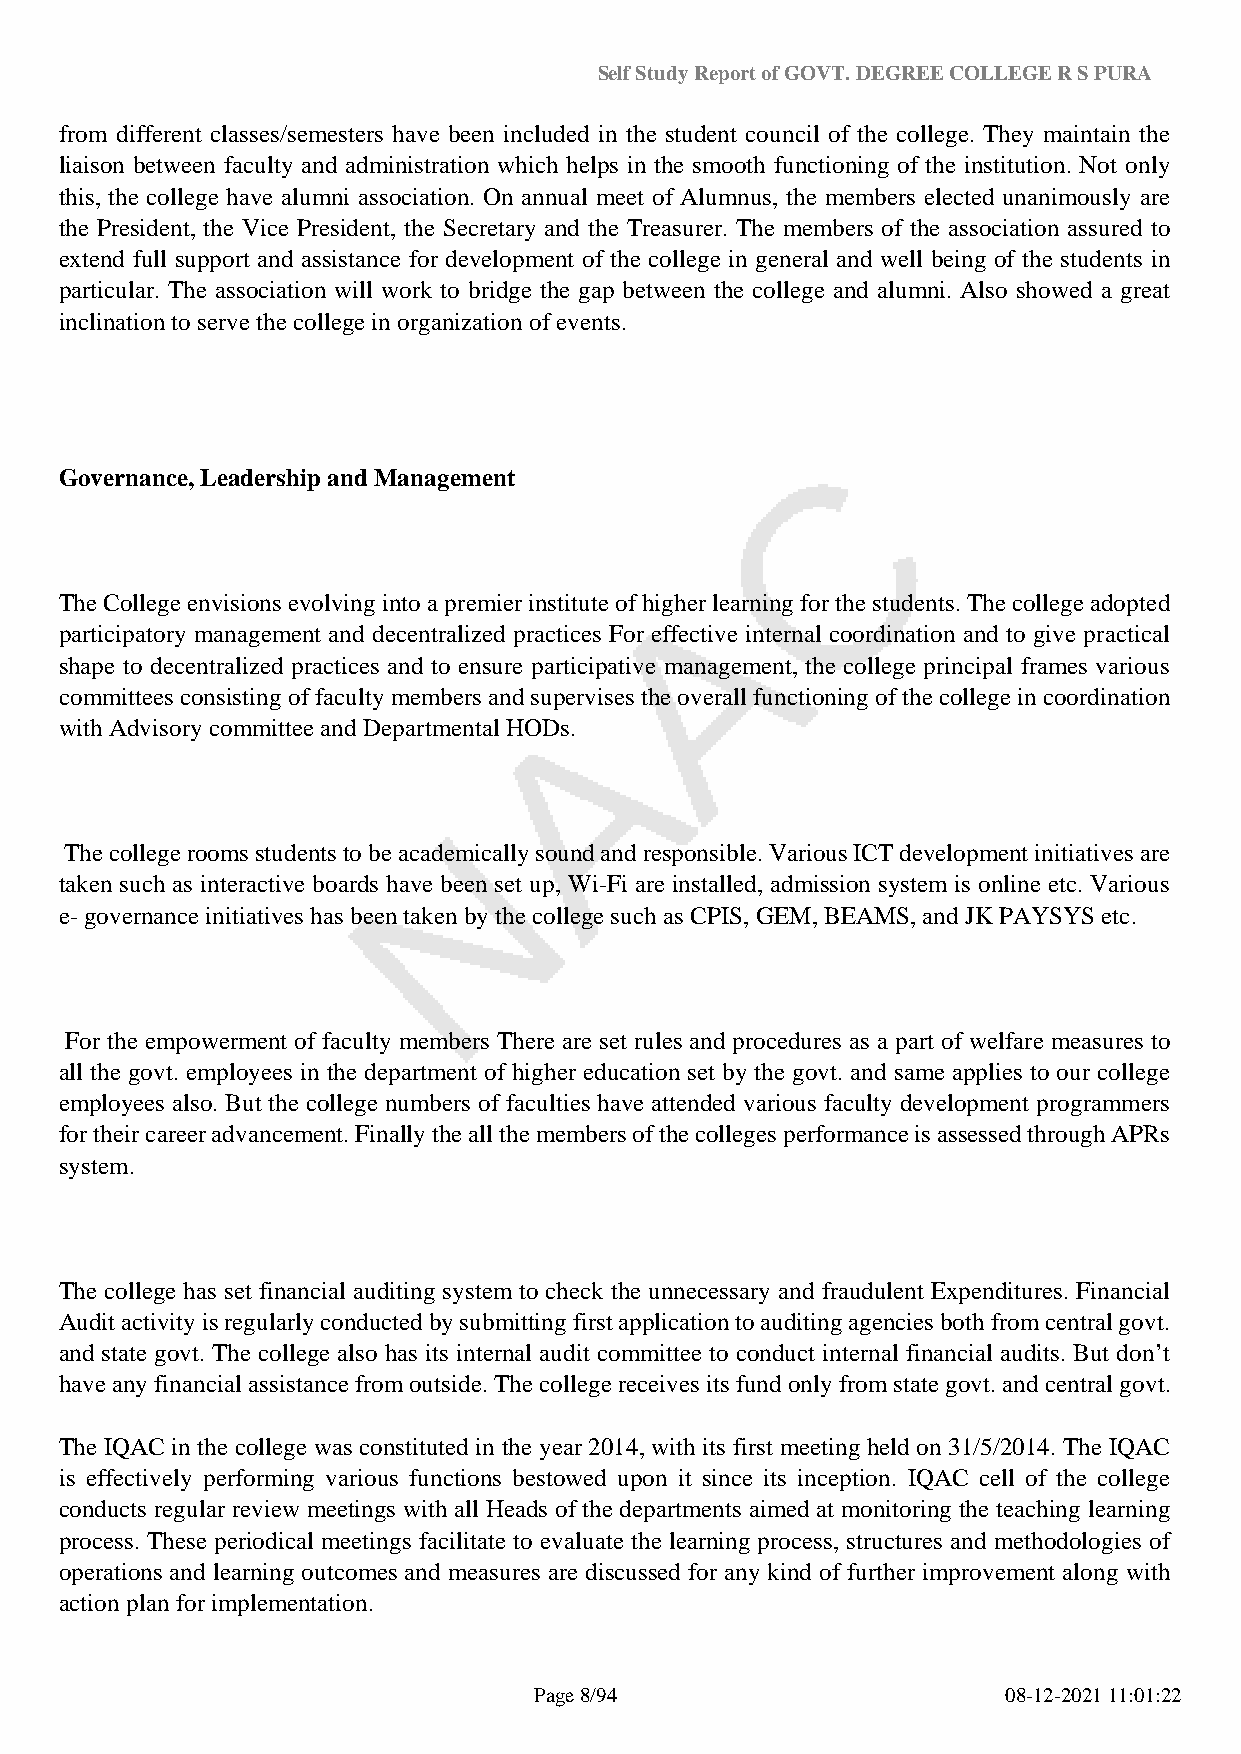
Self Study Report of GOVT. DEGREE COLLEGE R S PURA
 from different classes/semesters have been included in the student council of the college. They maintain the
 liaison between faculty and administration which helps in the smooth functioning of the institution. Not only
 this, the college have alumni association. On annual meet of Alumnus, the members elected unanimously are
 the President, the Vice President, the Secretary and the Treasurer. The members of the association assured to
 extend full support and assistance for development of the college in general and well being of the students in
 particular. The association will work to bridge the gap between the college and alumni. Also showed a great
 inclination to serve the college in organization of events.
 Governance, Leadership and Management
 The College envisions evolving into a premier institute of higher learning for the students. The college adopted
 participatory management and decentralized practices For effective internal coordination and to give practical
 shape to decentralized practices and to ensure participative management, the college principal frames various
 committees consisting of faculty members and supervises the overall functioning of the college in coordination
 with Advisory committee and Departmental HODs.
 The college rooms students to be academically sound and responsible. Various ICT development initiatives are
 taken such as interactive boards have been set up, Wi-Fi are installed, admission system is online etc. Various
 e- governance initiatives has been taken by the college such as CPIS, GEM, BEAMS, and JK PAYSYS etc.
 For the empowerment of faculty members There are set rules and procedures as a part of welfare measures to
 all the govt. employees in the department of higher education set by the govt. and same applies to our college
 employees also. But the college numbers of faculties have attended various faculty development programmers
 for their career advancement. Finally the all the members of the colleges performance is assessed through APRs
 system.
 The college has set financial auditing system to check the unnecessary and fraudulent Expenditures. Financial
 Audit activity is regularly conducted by submitting first application to auditing agencies both from central govt.
 and state govt. The college also has its internal audit committee to conduct internal financial audits. But don’t
 have any financial assistance from outside. The college receives its fund only from state govt. and central govt.
 The IQAC in the college was constituted in the year 2014, with its first meeting held on 31/5/2014. The IQAC
 is effectively performing various functions bestowed upon it since its inception. IQAC cell of the college
 conducts regular review meetings with all Heads of the departments aimed at monitoring the teaching learning
 process. These periodical meetings facilitate to evaluate the learning process, structures and methodologies of
 operations and learning outcomes and measures are discussed for any kind of further improvement along with
 action plan for implementation.
 Page 8/94                       08-12-2021 11:01:22